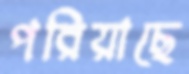
পরিয়াছে